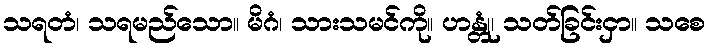
သရတံ၊ သရမည်သော။ မိဂံ၊ သားသမင်ကို။ ဟန္တုံ၊ သတ်ခြင်းငှာ။ သစေ